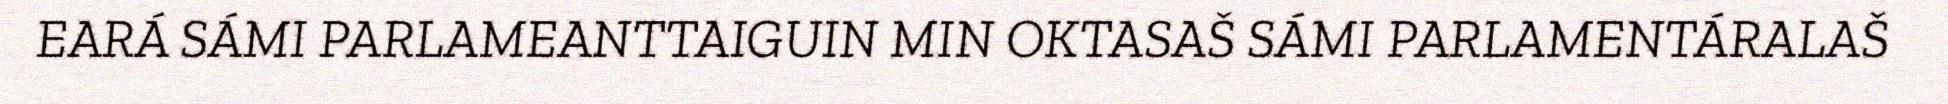
EARÁ SÁMI PARLAMEANTTAIGUIN MIN OKTASAŠ SÁMI PARLAMENTÁRALAŠ